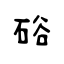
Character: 硲